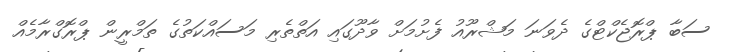
ސަބާ ޕްރޮޖެކްޓްގެ ދެވަނަ މަޝްރޫއު ފެށުމަށް ވާދޫގައި އަތްތެރި މަސައްކަތުގެ ތަމްރީން ޕްރޮގްރާމެއް